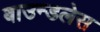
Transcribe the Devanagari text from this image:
बाउन्डलेस